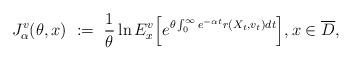
LaTeX: \begin{align*}J^{v}_{\alpha}(\theta, x) \ := \ \dfrac{1}{\theta} \ln E^{v}_x\Big[ e^{\theta \int^{\infty}_0 e^{-\alpha t} r(X_t, v_t) dt} \Big] , x \in \overline{D}, \end{align*}